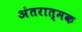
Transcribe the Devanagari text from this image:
अंतरात्मक